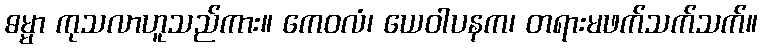
ဓမ္မာ ကုသလာဟူသည်ကား။ ကေဝလံ၊ ယေဝါပနက၊ တရားမဖက်သက်သက်။